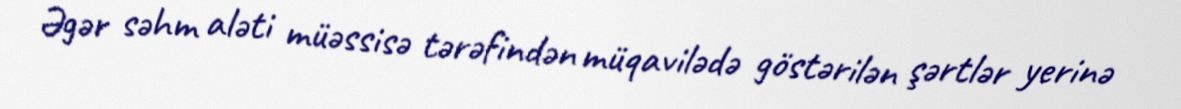
Əgər səhm aləti müəssisə tərəfindən müqavilədə göstərilən şərtlər yerinə